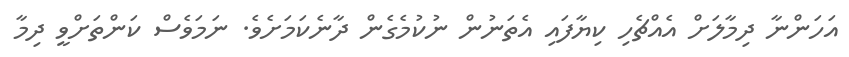
އަހަންނާ ދިމާލަށް އެއްޗެހި ކިޔާފައި އެތަނުން ނުކުމެގެން ދާނެކަމަށެވެ. ނަމަވެސް ކަންތަށްވީ ދިމާ